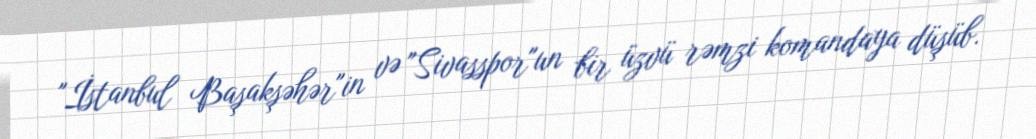
"İstanbul Başakşəhər"in və "Sivasspor"un bir üzvü rəmzi komandaya düşüb.